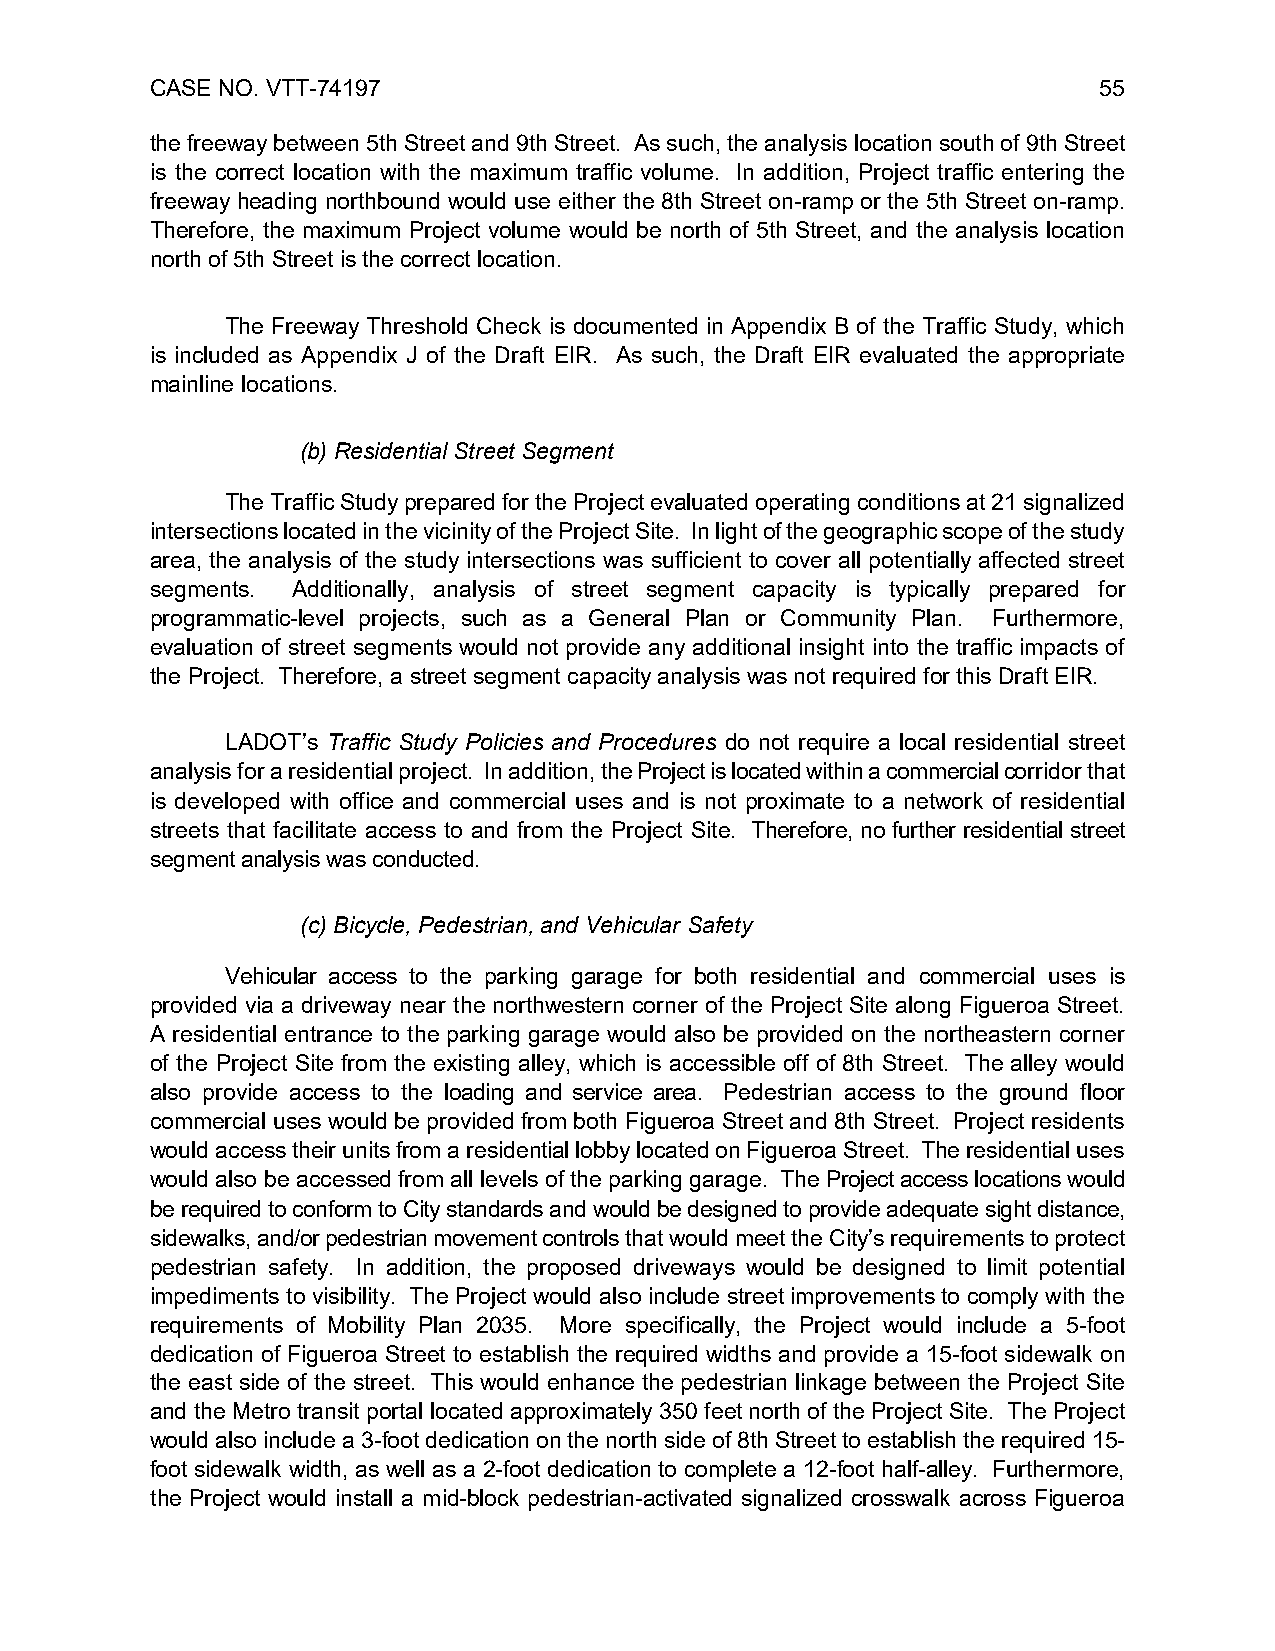
CASE NO. VTT-74197                                             55
 the freeway between 5th Street and 9th Street. As such, the analysis location south of 9th Street
 is the correct location with the maximum traffic volume. In addition, Project traffic entering the
 freeway heading northbound would use either the 8th Street on-ramp or the 5th Street on-ramp.
 Therefore, the maximum Project volume would be north of 5th Street, and the analysis location
 north of 5th Street is the correct location.
 The Freeway Threshold Check is documented in Appendix B of the Traffic Study, which
 is included as Appendix J of the Draft EIR. As such, the Draft EIR evaluated the appropriate
 mainline locations.
 (b) Residential Street Segment
 The Traffic Study prepared for the Project evaluated operating conditions at 21 signalized
 intersections located in the vicinity of the Project Site. In light of the geographic scope of the study
 area, the analysis of the study intersections was sufficient to cover all potentially affected street
 segments. Additionally, analysis of street segment capacity is typically prepared for
 programmatic-level projects, such as a General Plan or Community Plan. Furthermore,
 evaluation of street segments would not provide any additional insight into the traffic impacts of
 the Project. Therefore, a street segment capacity analysis was not required for this Draft EIR.
 LADOT’s Traffic Study Policies and Procedures do not require a local residential street
 analysis for a residential project. In addition, the Project is located within a commercial corridor that
 is developed with office and commercial uses and is not proximate to a network of residential
 streets that facilitate access to and from the Project Site. Therefore, no further residential street
 segment analysis was conducted.
 (c) Bicycle, Pedestrian, and Vehicular Safety
 Vehicular access to the parking garage for both residential and commercial uses is
 provided via a driveway near the northwestern corner of the Project Site along Figueroa Street.
 A residential entrance to the parking garage would also be provided on the northeastern corner
 of the Project Site from the existing alley, which is accessible off of 8th Street. The alley would
 also provide access to the loading and service area. Pedestrian access to the ground floor
 commercial uses would be provided from both Figueroa Street and 8th Street. Project residents
 would access their units from a residential lobby located on Figueroa Street. The residential uses
 would also be accessed from all levels of the parking garage. The Project access locations would
 be required to conform to City standards and would be designed to provide adequate sight distance,
 sidewalks, and/or pedestrian movement controls that would meet the City’s requirements to protect
 pedestrian safety. In addition, the proposed driveways would be designed to limit potential
 impediments to visibility. The Project would also include street improvements to comply with the
 requirements of Mobility Plan 2035. More specifically, the Project would include a 5-foot
 dedication of Figueroa Street to establish the required widths and provide a 15-foot sidewalk on
 the east side of the street. This would enhance the pedestrian linkage between the Project Site
 and the Metro transit portal located approximately 350 feet north of the Project Site. The Project
 would also include a 3-foot dedication on the north side of 8th Street to establish the required 15-
 foot sidewalk width, as well as a 2-foot dedication to complete a 12-foot half-alley. Furthermore,
 the Project would install a mid-block pedestrian-activated signalized crosswalk across Figueroa